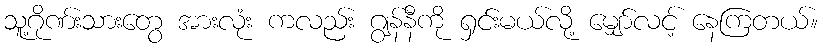
သူ့ဂိုဏ်းသားတွေ အားလုံး ကလည်း ဂျွန်နီကို ရှင်းမယ်လို့ မျှော်လင့် နေကြတယ်။